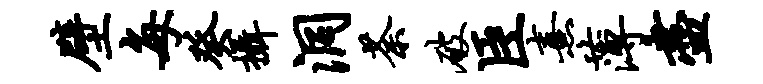
壁每癸摄洞荼破臣熹薄尽